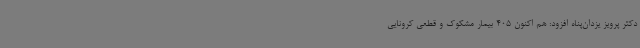
دکتر پرویز یزدان‌پناه افزود: هم اکنون 405 بیمار مشکوک و قطعی کرونایی